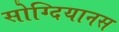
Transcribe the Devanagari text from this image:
सोग्दियानस